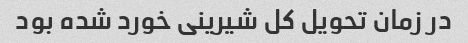
در زمان تحویل کل شیرینی خورد شده بود